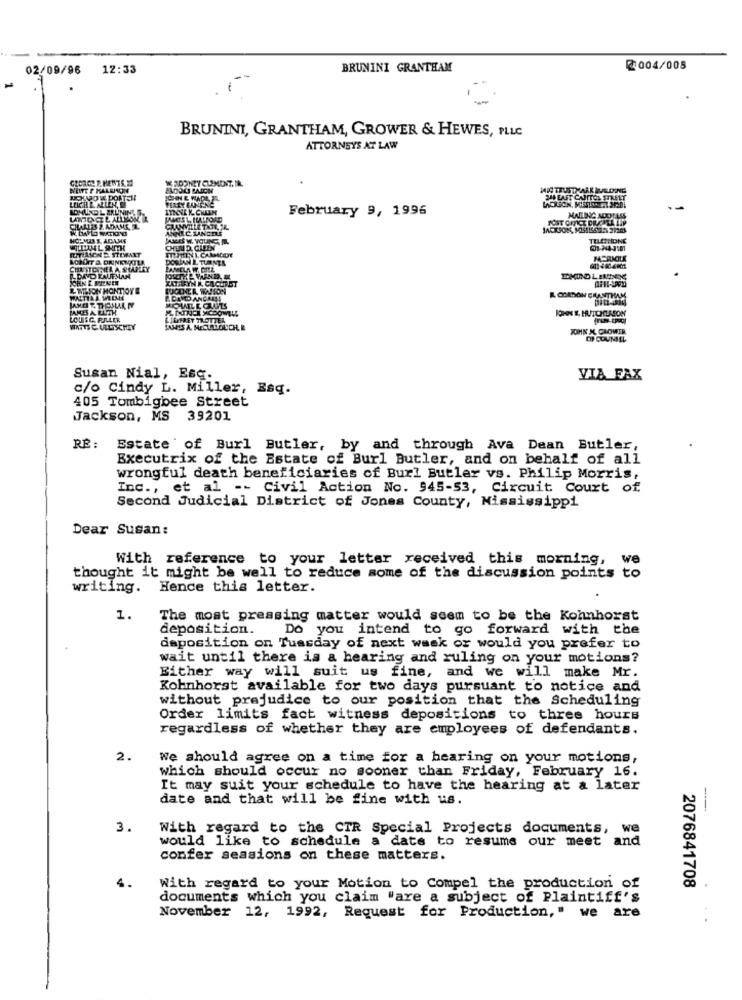
02/09/96
12:33
BRUNINI GRANTHAM
2 004/005
BRUNINI, GRANTHAM, GROWER & HEWES, PLLC
ATTORNEYS AT LAW
GIONCC F. MENTS
ROONEY ELEMENT. IR.
JCKNOW DORTEN
SHI ENST CAPITOL STREET
ITY BANGING
February 9, 1996
LATHOUGH L ALLEON
JAMES L. ILALFORD
POST OFFICE DRACHTA LAP
MAILING ADDRESS
CHARLES 2 ADAME L
JAMES W. YOLINE, m.
TELEPHONE
WILLIAN L WITH
OFUD CHEIN
DORIAN L TURNER
PAMELA
ILDAVO KAUF LAN
L MASON MONTIOYE
JAMES E THEULAR NY
CORDON GRANTHAM
JAMES A EUTH
LOUSG. FALLER
JOHN MC GROWER
OF COUNSEL
Susan Nial, Esq.
VIA FAX
c/o Cindy L. Miller, Esq.
405 Tombigbee Street
Jackson, MS 39201
RÉ :
Estate of Burl Butler, by and through Ava Dean Butler,
Executrix of the Estate of Burl Butler, and on behalf of all
wrongful death beneficiaries of Burl Butler vs. Philip Morris,
Inc ., et al -- Civil Action No. 945-53, Circuit Court of.
Second Judicial District of Jones County, Mississippi
Dear Susan:
With reference to your letter received this morning, we
thought it might be well to reduce some of the discussion points to
writing. Hence this letter.
1.
The most pressing matter would seem to be the Kohnhorst
deposition.
Do you intend to go forward with the
daposition on Tuesday of next week or would you prefer to
wait until there is a hearing and ruling on your motions?
Either way will suit us fine, and we will make Mr.
Kohnhorst available for two days pursuant to notice and
without prejudice to our position that the Scheduling
Order limits fact witness depositions to three hours
regardless of whether they are employees of defendants.
2.
We should agree on a time for a hearing on your motions,
which should occur no sooner than Friday, February 16.
It may suit your schedule to have the hearing at a later
date and that will be fine with us.
-
3.
With regard to the CTR Special Projects documents, we
would like to schedule a date to resume our meet and
confer sessions on these matters.
4.
With regard to your Motion to Compel the production of
2076841708
documents which you claim "are a subject of Plaintiff's
November 12, 1992, Request for Production," we are